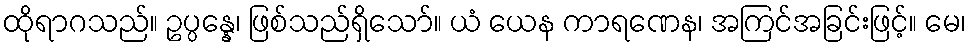
ထိုရာဂသည်။ ဥပ္ပန္နေ၊ ဖြစ်သည်ရှိသော်။ ယံ ယေန ကာရဏေန၊ အကြင်အခြင်းဖြင့်။ မေ၊